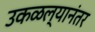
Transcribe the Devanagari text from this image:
उकळल्यानंतर